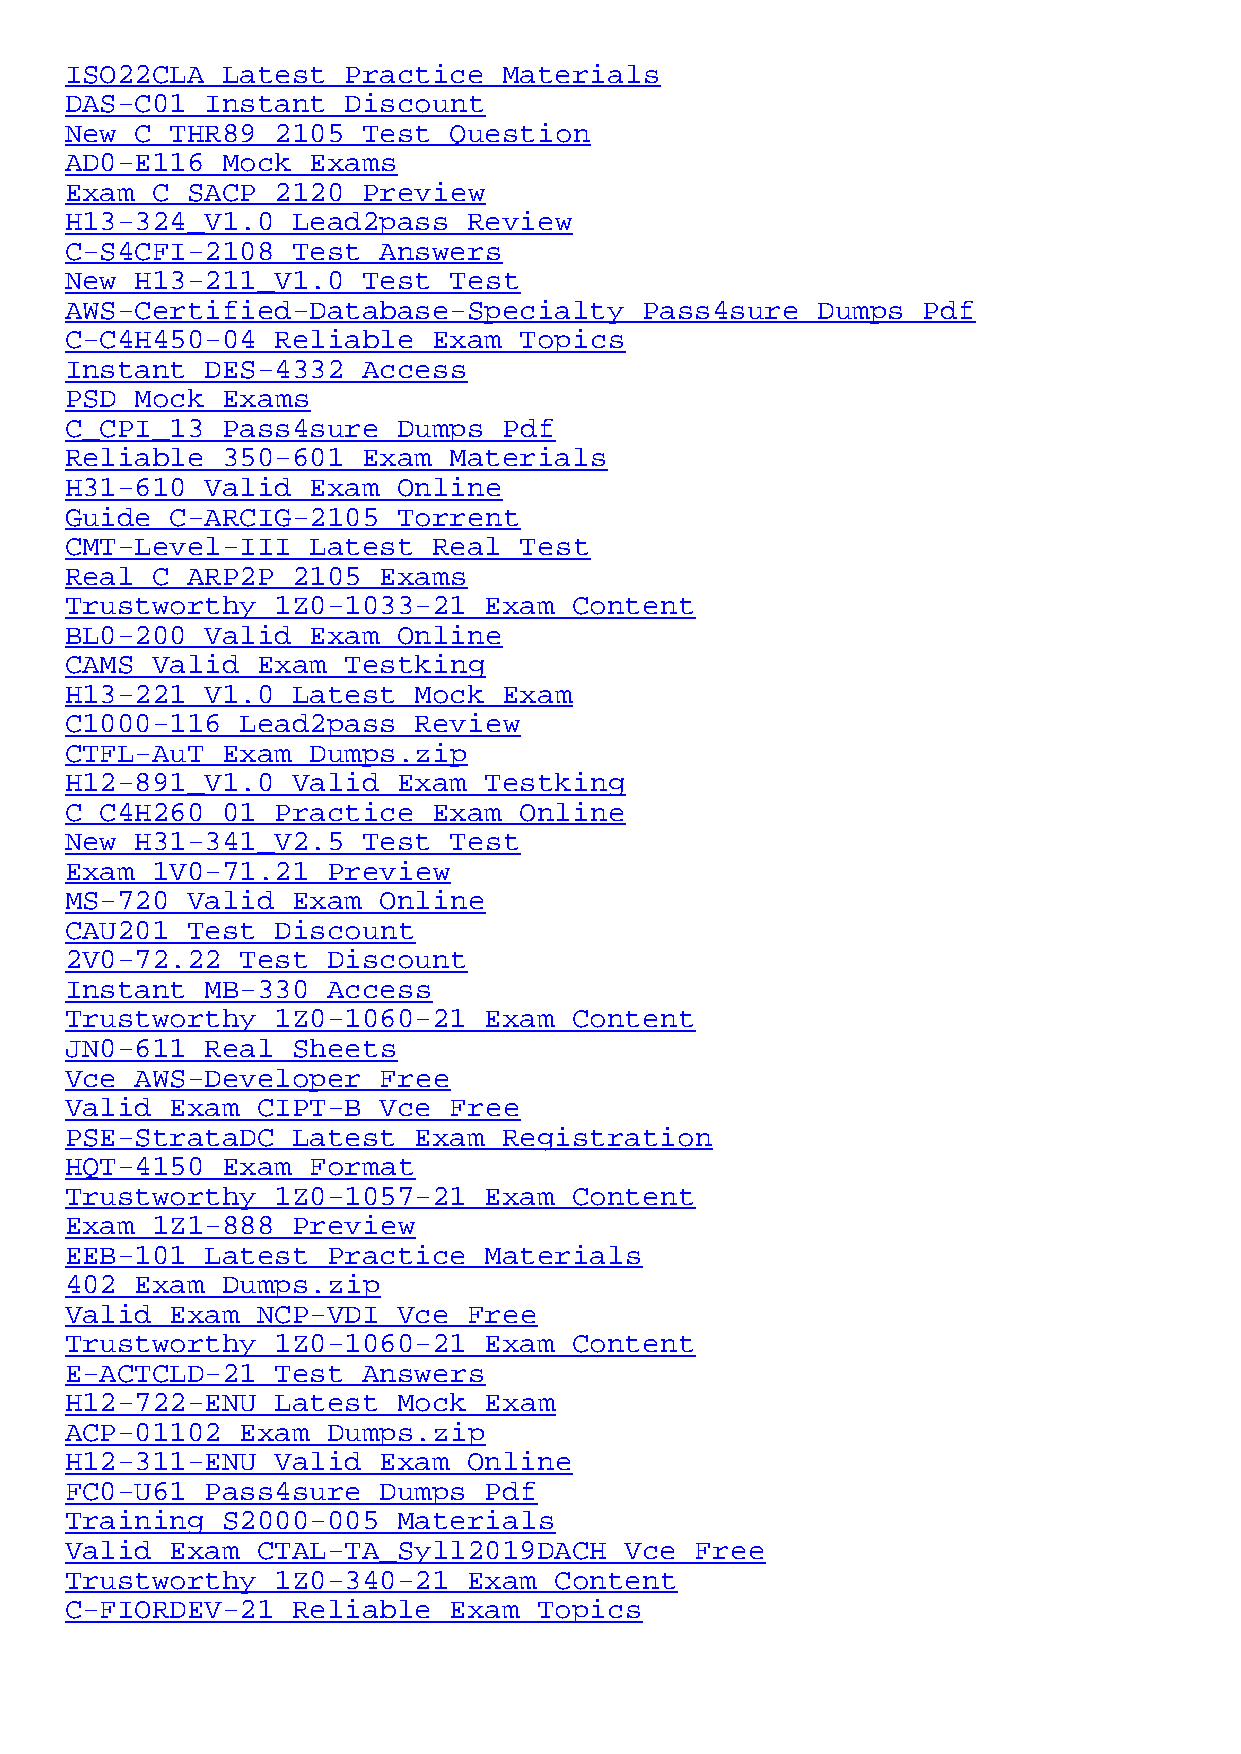
ISO22CLA   Latest  Practice  Materials
 DAS-C01   Instant  Discount
 New  C_THR89_2105   Test  Question
 AD0-E116   Mock  Exams
 Exam  C_SACP_2120   Preview
 H13-324_V1.0   Lead2pass   Review
 C-S4CFI-2108   Test  Answers
 New  H13-211_V1.0   Test  Test
 AWS-Certified-Database-Specialty       Pass4sure  Dumps  Pdf
 C-C4H450-04   Reliable   Exam Topics
 Instant   DES-4332  Access
 PSD  Mock  Exams
 C_CPI_13   Pass4sure  Dumps  Pdf
 Reliable   350-601  Exam  Materials
 H31-610   Valid  Exam Online
 Guide  C-ARCIG-2105   Torrent
 CMT-Level-III    Latest  Real Test
 Real  C_ARP2P_2105   Exams
 Trustworthy   1Z0-1033-21   Exam  Content
 BL0-200   Valid  Exam Online
 CAMS  Valid  Exam  Testking
 H13-221_V1.0   Latest  Mock  Exam
 C1000-116   Lead2pass  Review
 CTFL-AuT   Exam  Dumps.zip
 H12-891_V1.0   Valid  Exam  Testking
 C_C4H260_01   Practice   Exam Online
 New  H31-341_V2.5   Test  Test
 Exam  1V0-71.21   Preview
 MS-720  Valid  Exam  Online
 CAU201  Test  Discount
 2V0-72.22   Test  Discount
 Instant   MB-330  Access
 Trustworthy   1Z0-1060-21   Exam  Content
 JN0-611   Real Sheets
 Vce  AWS-Developer   Free
 Valid  Exam  CIPT-B  Vce  Free
 PSE-StrataDC   Latest  Exam  Registration
 HQT-4150   Exam  Format
 Trustworthy   1Z0-1057-21   Exam  Content
 Exam  1Z1-888  Preview
 EEB-101   Latest  Practice  Materials
 402  Exam  Dumps.zip
 Valid  Exam  NCP-VDI  Vce  Free
 Trustworthy   1Z0-1060-21   Exam  Content
 E-ACTCLD-21   Test  Answers
 H12-722-ENU   Latest  Mock  Exam
 ACP-01102   Exam  Dumps.zip
 H12-311-ENU   Valid  Exam  Online
 FC0-U61   Pass4sure  Dumps  Pdf
 Training   S2000-005  Materials
 Valid  Exam  CTAL-TA_Syll2019DACH    Vce  Free
 Trustworthy   1Z0-340-21   Exam  Content
 C-FIORDEV-21   Reliable   Exam  Topics